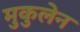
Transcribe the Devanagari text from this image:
मुकुलेन